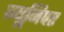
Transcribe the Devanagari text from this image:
ज्यूनिपर